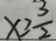
x \geq \frac { 3 } { 2 }